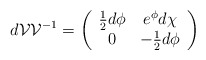
\begin{align*}d {\cal{V}} {\cal{V}}^{-1} = \left( \begin{array}{cc}\frac{1}{2}d\phi & e^{\phi} d \chi \\0 & -\frac{1}{2} d\phi \end{array} \right)\end{align*}